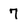
Character: 7